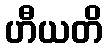
ဟီယတိ